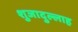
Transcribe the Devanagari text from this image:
शुजादुल्लाह